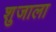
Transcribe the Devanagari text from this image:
शुजाला